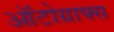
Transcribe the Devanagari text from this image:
ऑटोग्राफ्स